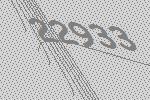
22933